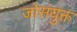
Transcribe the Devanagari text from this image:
जोसंयुक्त